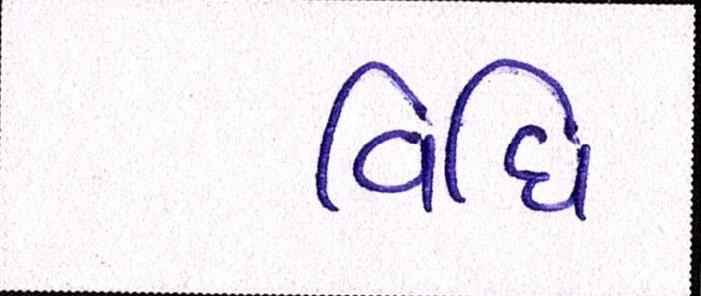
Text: વિધિ